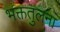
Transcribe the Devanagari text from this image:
भक्ततुलना